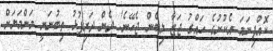
ކޮއްފިނަމަ އެކުށުގެ ހައްގު ޖަޒާ ލިބެން ޖެހޭނެ! ދެން ދަރިފުޅު ތިބުނަނީ މަންމަޔަށް